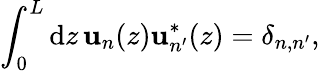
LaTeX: \int_{0}^{L}\mathrm{d}z\, \mathbf{u}_{n}(z)\mathbf{u}_{n^{\prime}}^{*}(z)=\delta_{n,n^{\prime}},